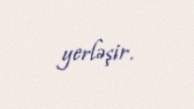
yerləşir.